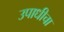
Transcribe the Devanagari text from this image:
उपाधीचा